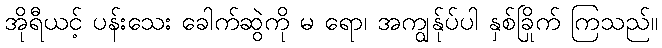
အိုရီယင့် ပန်းသေး ခေါက်ဆွဲကို မ ရော၊ အကျွန်ုပ်ပါ နှစ်ခြိုက် ကြသည်။